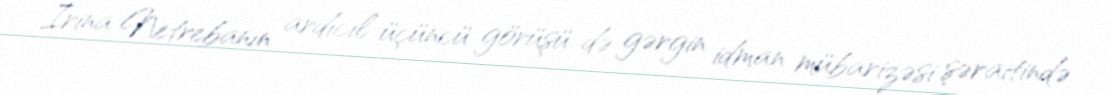
İrina Netrebanın ardıcıl üçüncü görüşü də gərgin idman mübarizəsi şəraitində